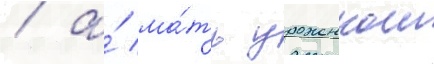
/ а́ ма́ть уроженкои